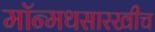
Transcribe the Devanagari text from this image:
मॉन्मथसारखीच